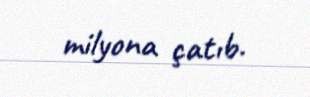
milyona çatıb.